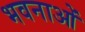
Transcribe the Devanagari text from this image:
भवनाओं